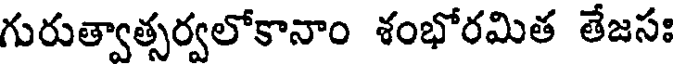
గురుత్వాత్సర్వలోకానాం శంభోరమిత తేజసః